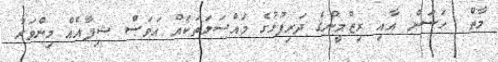
މާތް  ހަސަން އާއި ރިޒްމީންގެ ދަރިފުޅުގެ މައްސަލަތަކައް އަވަސް ޝިފާއެއް މިންވަރު